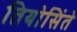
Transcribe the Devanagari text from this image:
तियोसिंते